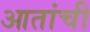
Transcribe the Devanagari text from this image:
आतांची